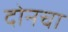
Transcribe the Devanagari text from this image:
दोनचा